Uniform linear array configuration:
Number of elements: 24
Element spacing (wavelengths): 0.25
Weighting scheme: hamming
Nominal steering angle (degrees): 30
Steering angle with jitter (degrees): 28.175
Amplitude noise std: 0.05
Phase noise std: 0.05

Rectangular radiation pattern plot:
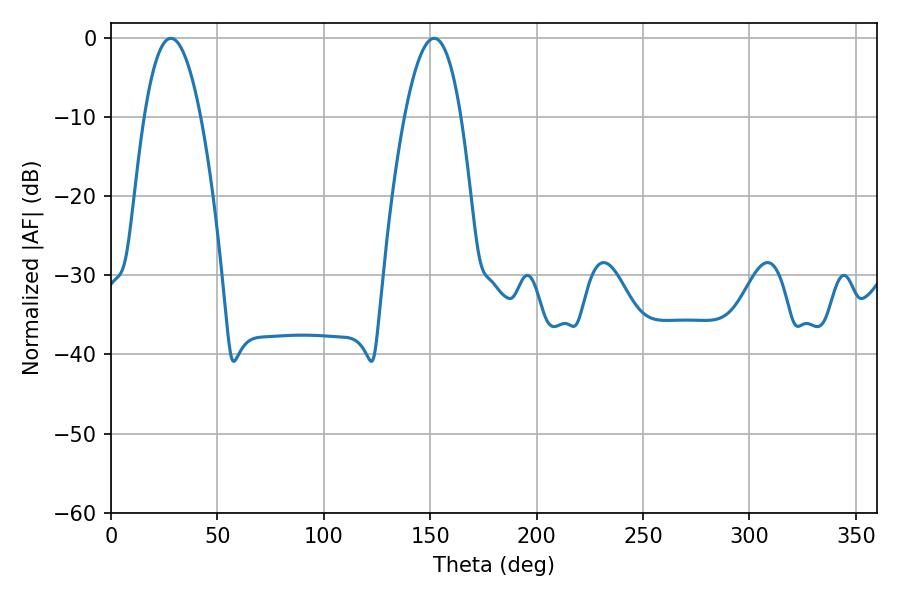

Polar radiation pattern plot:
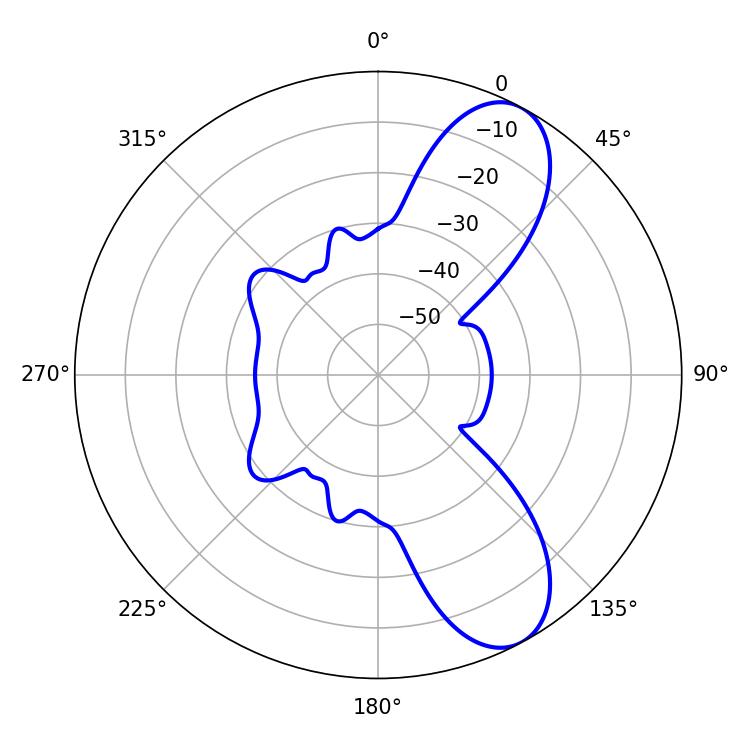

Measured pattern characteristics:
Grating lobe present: FALSE
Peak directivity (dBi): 8.879
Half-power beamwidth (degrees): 14.58
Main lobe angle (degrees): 28.08